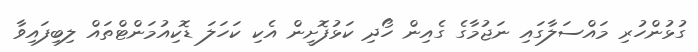
ގުޅުންހުރި މައްސަލާގައި ނަޖުމާގެ ގެއިން ހޯދި ކަޅުފޮށީން އެކި ކަހަލަ ޑޮކިއުމަންޓްތައް ލިބިފައިވާ